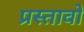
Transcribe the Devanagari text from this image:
प्रस्तावो